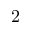
2